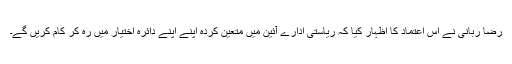
رضا ربانی نے اس اعتماد کا اظہار کیا کہ ریاستی ادارے آئین میں متعین کردہ اپنے اپنے دائرہ اختیار میں رہ کر کام کریں گے۔